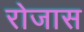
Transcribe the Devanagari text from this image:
रोजास